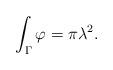
LaTeX: \begin{align*}\int_{\Gamma} \varphi = \pi \lambda^2 .\end{align*}